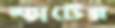
ম্যাটের